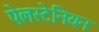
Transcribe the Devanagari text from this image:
पेलस्टेनियन